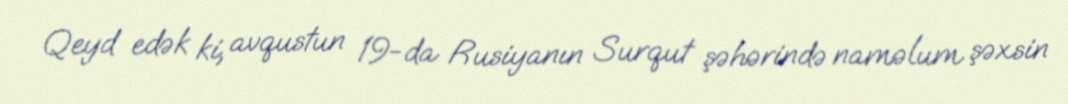
Qeyd edək ki, avqustun 19-da Rusiyanın Surqut şəhərində naməlum şəxsin